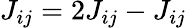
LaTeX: J_{ij}=2J_{ij}-J_{ij}